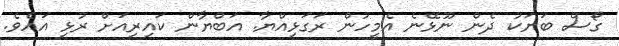
ގޯސް ބަޔަކު ދެން ނޫޅޭނެ އެމީހުން ރަގަޅިއްޔާ. އަބްޔާން ކައިރިއަށް ރުޅި އައެވެ.